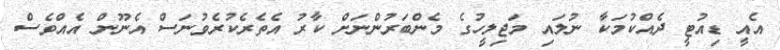
އެއީ ޑިއުޓީ ދެއްކުމަކާ ނުލައި މަޖިލީހުގެ މެންބަރުންނަށް ކާރު އެތެރެކުރެވުނަސް އެނޫން އެއްވެސް